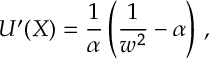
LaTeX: U ^ { \prime } ( X ) = \frac 1 \alpha \left( \frac 1 { w ^ { 2 } } - \alpha \right) \, ,